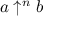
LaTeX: a \uparrow ^ { n } b